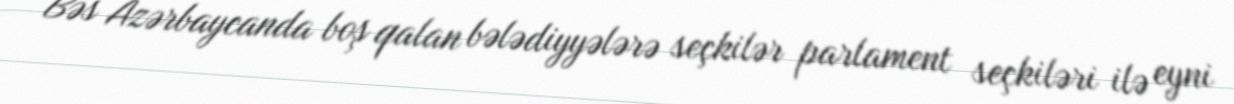
Bəs Azərbaycanda boş qalan bələdiyyələrə seçkilər parlament seçkiləri ilə eyni